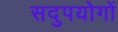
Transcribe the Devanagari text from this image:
सदुपयोगों